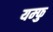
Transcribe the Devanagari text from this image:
यम्फु